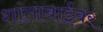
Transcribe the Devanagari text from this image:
शांताबाईंवर